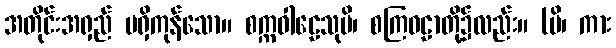
အတိုင်းအရှည် မရှိကုန်သော။ စက္ကဝါဠေသုပိ၊ စကြဝဠာတို့၌လည်း။ (ပိ၊ ကား